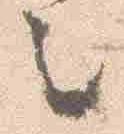
言